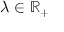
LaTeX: \lambda \in \mathbb { R } _ { + }